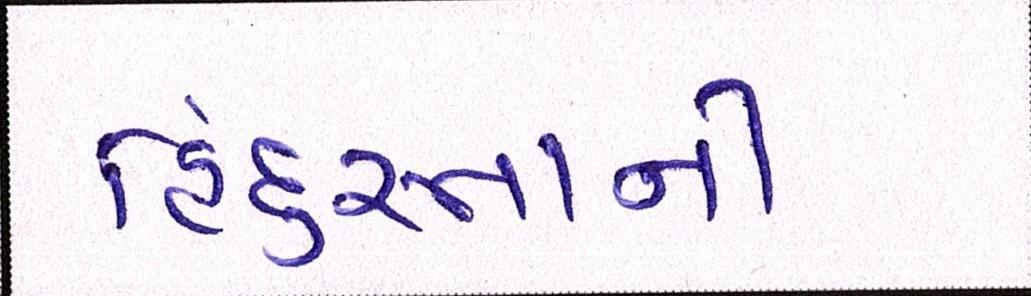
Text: હિંદુસ્તાની